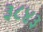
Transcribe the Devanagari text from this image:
३८४३